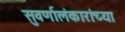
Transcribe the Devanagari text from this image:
सुवर्णालंकारांच्या